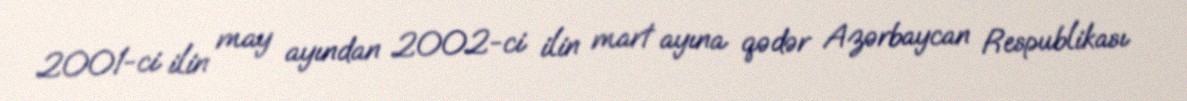
2001-ci ilin may ayından 2002-ci ilin mart ayına qədər Azərbaycan Respublikası